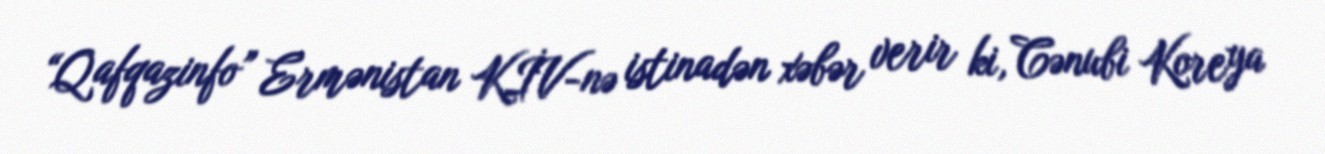
“Qafqazinfo” Ermənistan KİV-nə istinadən xəbər verir ki, Cənubi Koreya